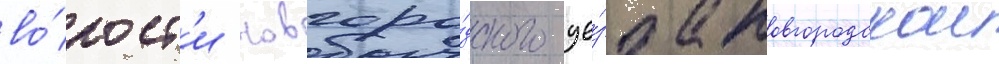
во́лост'и новгоро́дского уе́зда новгородскои